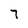
Character: 7